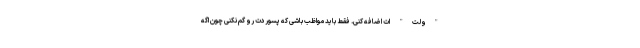
"ولت" ات اضافه کنی. فقط باید مواظب باشی که پسوردت رو گم نکنی چون اگه